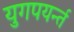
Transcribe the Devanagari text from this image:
युगपयर्न्त